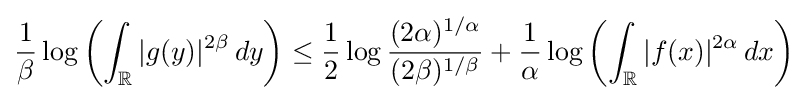
{\frac {1}{\beta }}\log \left(\int _{\mathbb {R} }|g(y)|^{2\beta }\,dy\right)\leq {\frac {1}{2}}\log {\frac {(2\alpha )^{1/\alpha }}{(2\beta )^{1/\beta }}}+{\frac {1}{\alpha }}\log \left(\int _{\mathbb {R} }|f(x)|^{2\alpha }\,dx\right)